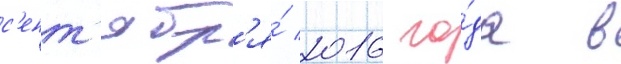
с'ент'ябр'я́ 2016 го́да в